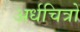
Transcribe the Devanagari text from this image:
अर्धचित्रों